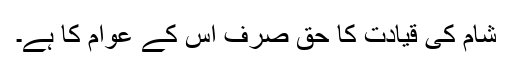
شام کی قیادت کا حق صرف اس کے عوام کا ہے۔